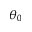
\theta _ { 0 }